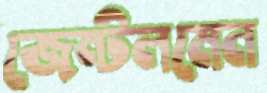
জেন্টলমেন